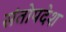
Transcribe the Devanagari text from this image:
संतोपदेश